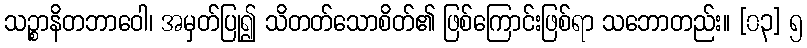
သဉ္စာနိတဘာဝေါ၊ အမှတ်ပြု၍ သိတတ်သောစိတ်၏ ဖြစ်ကြောင်းဖြစ်ရာ သဘောတည်း။ [၀၃] ၅